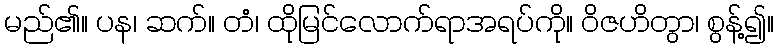
မည်၏။ ပန၊ ဆက်။ တံ၊ ထိုမြင်လောက်ရာအရပ်ကို။ ဝိဇဟိတွာ၊ စွန့်၍။